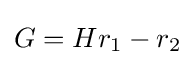
G=Hr_{1}-r_{2}